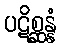
ပဋိစ္ဆန္နံ